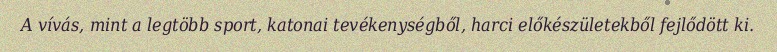
A vívás, mint a legtöbb sport, katonai tevékenységből, harci előkészületekből fejlődött ki.